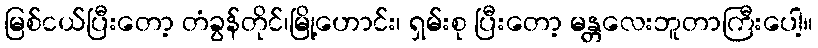
မြစ်ငယ်ပြီးတော့ တံခွန်တိုင်၊မြို့ဟောင်း၊ ရှမ်းစု ပြီးတော့ မန္တလေးဘူတာကြီးပေါ့။